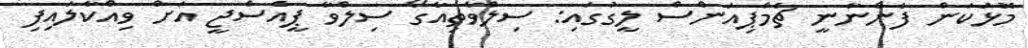
މޮޅުކަން ފެންނާނީ ޗެމްޕިއަންސް ލީގުގައި: ސިލްވާތިއާގޯ ސިލްވާ ޕީއެސްޖީ އަށް ވިއްކާލައިފި